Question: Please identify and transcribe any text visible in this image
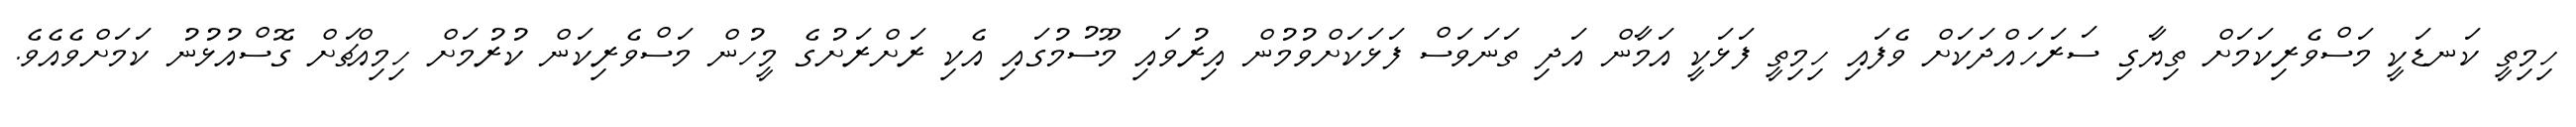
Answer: ހިމިތީ ކަނޑަކީ މަސްވެރިކަމަށް ތިޔާގި ސަރަހައްދަކަށް ވެފައި ހިމިތީ ފަޅަކީ އަމާން އަދި ތަނަވަސް ފަޅަކަށްވުމުން އިރުވައި މޫސުމުގައި އެކި ރަށްރަށުގެ މީހުން މަސްވެރިކަން ކުރުމަށް ހިމިއްޗަށް ގޮސްއުޅުނު ކަމަށްވެއެވެ.